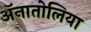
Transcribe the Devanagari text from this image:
ॲनातोलिया